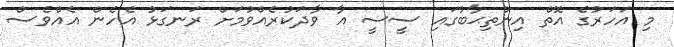
މި އަހަރުގެ އޮތް އިންތިޙާބުގައި ސީސީ އާ ވާދަކުރެއްވުމަށް ރަނގަޅު އެހެން އެއްވެސް